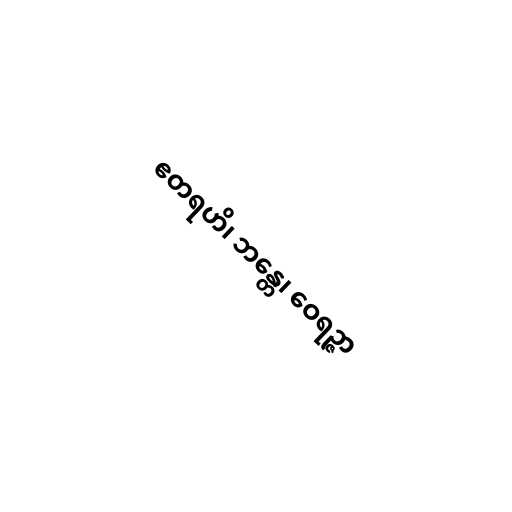
ဧတရဟိ၊ ဘန္တေ၊ ဝေရဉ္ဇာ